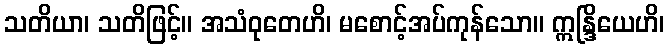
သတိယာ၊ သတိဖြင့်။ အသံဝုတေဟိ၊ မစောင့်အပ်ကုန်သော။ ဣန္ဒြိယေဟိ၊